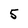
Character: 5